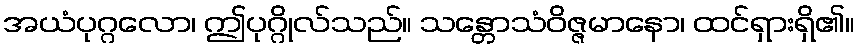
အယံပုဂ္ဂလော၊ ဤပုဂ္ဂိုလ်သည်။ သန္တောသံဝိဇ္ဇမာနော၊ ထင်ရှားရှိ၏။